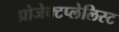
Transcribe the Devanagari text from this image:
प्रोजेक्टप्लेलिस्ट